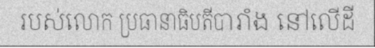
របស់លោក ប្រធានាធិបតីបារាំង នៅលើដី